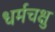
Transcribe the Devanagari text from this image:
धर्मचक्षु